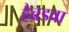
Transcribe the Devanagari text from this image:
हैबडवा